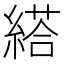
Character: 䌋